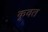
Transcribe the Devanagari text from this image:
कूवत